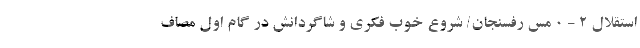
استقلال 2 - 0 مس رفسنجان/ شروع خوب فکری و شاگردانش در گام اول مصاف